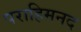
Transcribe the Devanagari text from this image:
पराहिमनद